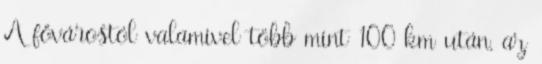
A fővárostól valamivel több mint 100 km után, az